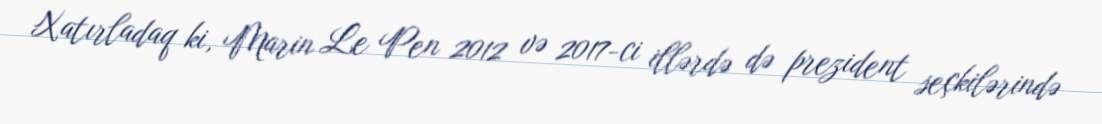
Xatırladaq ki, Marin Le Pen 2012 və 2017-ci illərdə də prezident seçkilərində